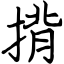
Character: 揹